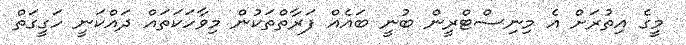
މީގެ އިތުރަށް އެ މިނިސްޓްރީން ބުނީ ބައެއް ފަރާތްތަކުން މިވާހަކަތައް ދައްކަނީ ހަގީގަތް